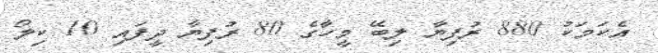
އެކަމަކު 880 ރުފިޔާ ލިބޭ މީހާގެ 80 ރުފިޔާ ދީފައި 10 ކިލޯ